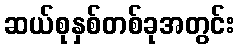
ဆယ်စုနှစ်တစ်ခုအတွင်း